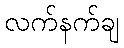
လက်နက်ချ